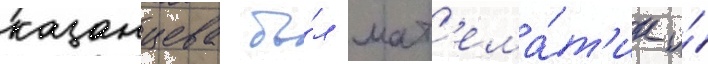
казанцева бы́л мат'ема́т'ик и́